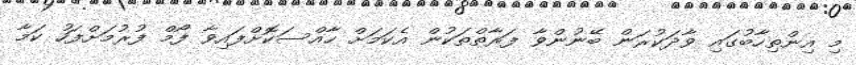
މި އިންތިހާބުގައި ވާދަކުރަން ބޭނުންވާ ފަރާތްތަކުން އެކަމަށް ހާއްސަކޮށްފައިވާ ފޯމް ފުރުމަށްފަހު ކަމާ